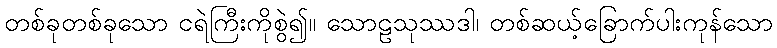
တစ်ခုတစ်ခုသော ငရဲကြီးကိုစွဲ၍။ သောဠသုဿဒါ၊ တစ်ဆယ့်ခြောက်ပါးကုန်သော